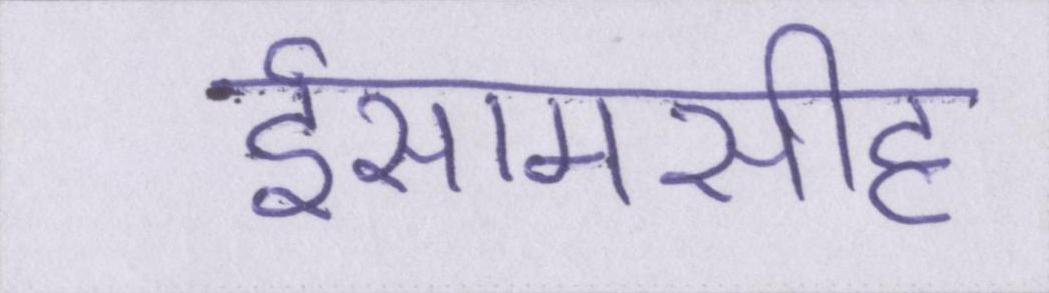
ईसामसीह